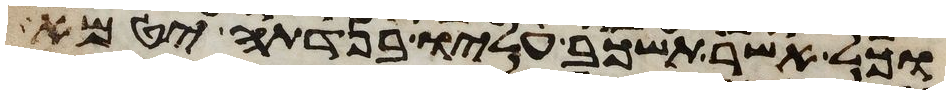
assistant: וכל אשר תשכב עליו בנדתה יטמא